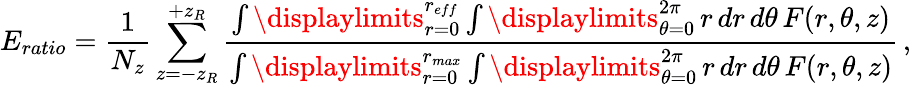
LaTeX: E_{ratio}=\frac{1}{N_{z}}\sum_{z=-z_{R}}^{+z_{R}}\frac{\int\displaylimits_{r=0}^{r_{eff}}\int\displaylimits_{\theta=0}^{2\pi}\mathop{r}\mathop{dr}\mathop{d\theta}F(r,\theta,z)}{\int\displaylimits_{r=0}^{r_{max}}\int\displaylimits_{\theta=0}^{2\pi}\mathop{r}\mathop{dr}\mathop{d\theta}F(r,\theta,z)}\, ,